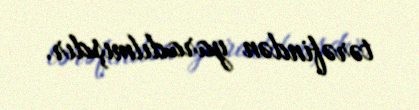
tərəfindən yaradılmışdır.